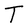
Character: T